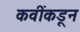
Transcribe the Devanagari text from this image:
कवींकडून